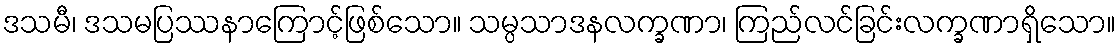
ဒသမီ၊ ဒသမပြဿနာကြောင့်ဖြစ်သော။ သမ္ပသာဒနလက္ခဏာ၊ ကြည်လင်ခြင်းလက္ခဏာရှိသော။